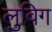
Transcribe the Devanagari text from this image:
लुविग